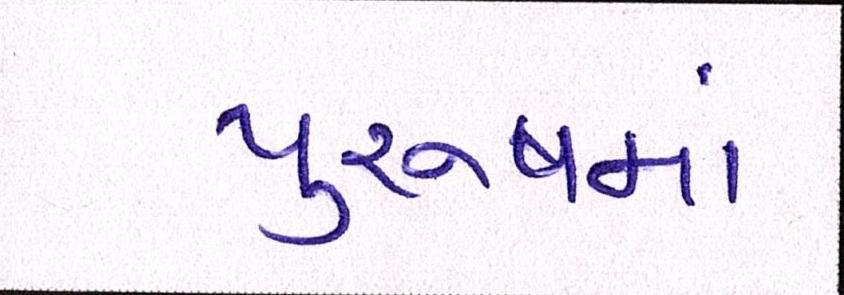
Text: પુરુષમાં